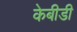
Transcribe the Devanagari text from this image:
केबीडी